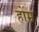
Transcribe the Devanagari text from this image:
होंम